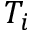
T _ { i }